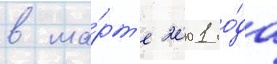
в ма́рт'е 2001 го́да